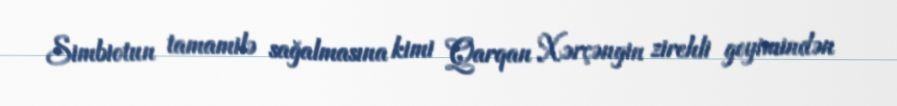
Simbiotun tamamilə sağalmasına kimi Qarqan Xərçəngin zirehli geyimindən